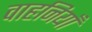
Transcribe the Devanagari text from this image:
वाहनियाँ